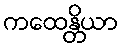
ကထေန္တိယာ